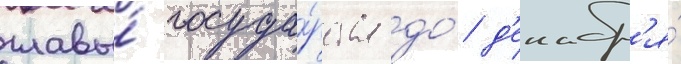
главы́ госуда́рства до́ д'екабр'я́